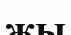
жы